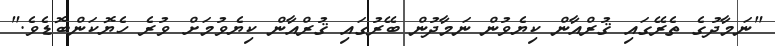
"ނަމާދުގެ ތެރޭގައި ޤުރްއާން ކިޔެވުން ނަމާދުން ބޭރުގައި ޤުރްއާން ކިޔެވުމަށް ވުރެ ހެޔޮކަންބޮޑެވެ."